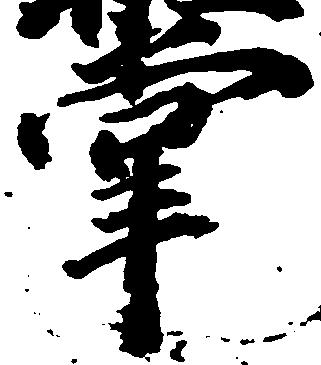
掌